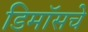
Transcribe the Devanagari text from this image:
डिमॉसचे